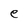
Character: e